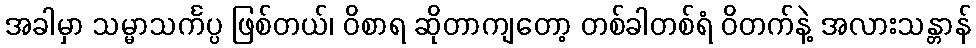
အခါမှာ သမ္မာသင်္ကပ္ပ ဖြစ်တယ်၊ ဝိစာရ ဆိုတာကျတော့ တစ်ခါတစ်ရံ ဝိတက်နဲ့ အလားသန္တာန်